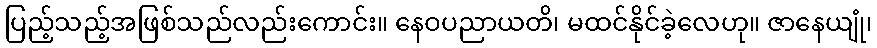
ပြည့်သည့်အဖြစ်သည်လည်းကောင်း။ နေဝပညာယတိ၊ မထင်နိုင်ခဲ့လေဟု။ ဇာနေယျုံ၊